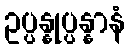
ဥပ္ပန္နုပ္ပန္နာနံ